Leaving Certificate Examination (including Day School Certificate (Higher) General paper), 1937
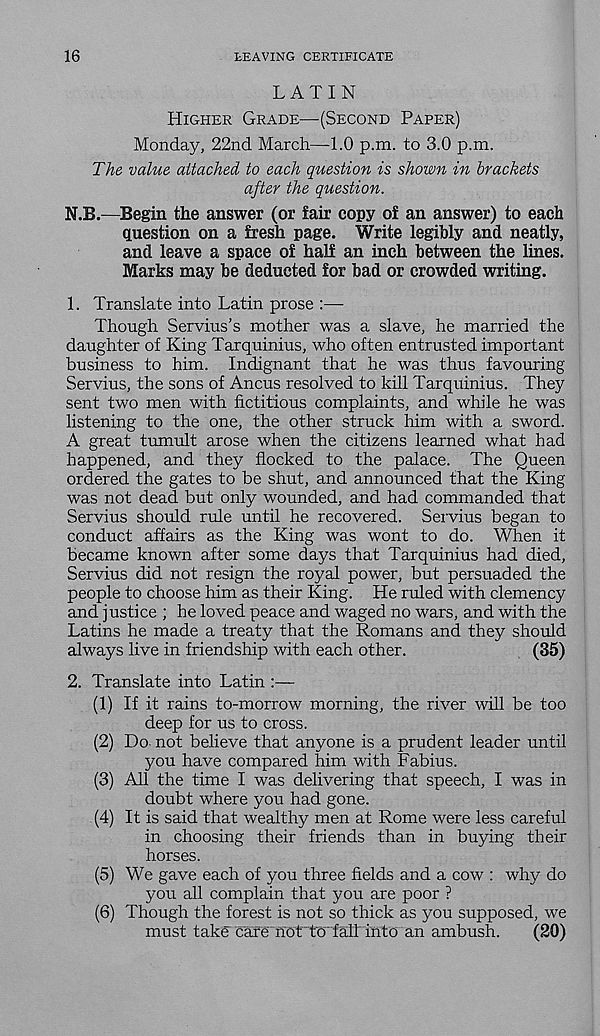
16
LEAVING CERTIFICATE
LATIN
HIGHER GRADE—(SECOND PAPER)
Monday, 22nd March—1.0 p.m. to 3.0 p.m.
The value attached to each question is shown in brackets
after the question.
N.B.—Begin the answer (or fair copy of an answer) to each
question on a fresh page. Write legibly and neatly,
and leave a space of half an inch between the lines.
Marks may be deducted for bad or crowded writing.
1. Translate into Latin prose :—
Though Servius’s mother was a slave, he married the
daughter of King Tarquinius, who often entrusted important
business to him. Indignant that he was thus favouring
Servius, the sons of Ancus resolved to kill Tarquinius. They
sent two men with fictitious complaints, and while he was
listening to the one, the other struck him with a sword.
A great tumult arose when the citizens learned what had
happened, and they flocked to the palace. The Queen
ordered the gates to be shut, and announced that the King
was not dead but only wounded, and had commanded that
Servius should rule until he recovered. Servius began to
conduct affairs as the King was wont to do. When it
became known after some days that Tarquinius had died,
Servius did not resign the royal power, but persuaded the
people to choose him as their King. He ruled with clemency
and justice ; he loved peace and waged no wars, and with the
Latins he made a treaty that the Romans and they should
always live in friendship with each other.
(35)
2. Translate into Latin :—
(1) If it rains to-morrow morning, the river will be too
deep for us to cross.
(2) Do not believe that anyone is a prudent leader until
you have compared him with Fabius.
(3) All the time I was delivering that speech, I was in
doubt where you had gone.
(4) It is said that wealthy men at Rome were less careful
in choosing their friends than in buying their
horses.
(5) We gave each of you three fields and a cow : why do
you all complain that you are poor ?
(6) Though the forest is not so thick as you supposed, we
must take cafe not'to'talt into an ambush.
(20)